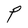
Character: P